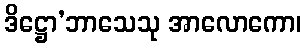
ဒိဋ္ဌော’ဘာသေသု အာလောကော၊